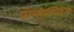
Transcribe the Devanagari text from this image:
पोलीक्लिटस